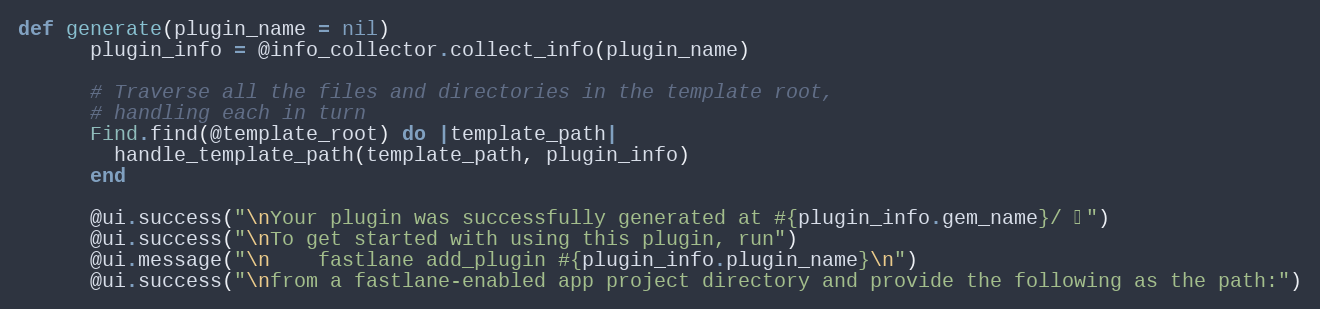
Language: Ruby
def generate(plugin_name = nil)
      plugin_info = @info_collector.collect_info(plugin_name)

      # Traverse all the files and directories in the template root,
      # handling each in turn
      Find.find(@template_root) do |template_path|
        handle_template_path(template_path, plugin_info)
      end

      @ui.success("\nYour plugin was successfully generated at #{plugin_info.gem_name}/ 🚀")
      @ui.success("\nTo get started with using this plugin, run")
      @ui.message("\n    fastlane add_plugin #{plugin_info.plugin_name}\n")
      @ui.success("\nfrom a fastlane-enabled app project directory and provide the following as the path:")